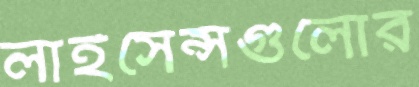
লাইসেন্সগুলোর